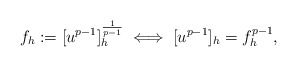
\begin{align*}f_h:=[u^{p-1}]_h^{\frac{1}{p-1}} \iff [u^{p-1}]_h=f_h^{p-1},\end{align*}